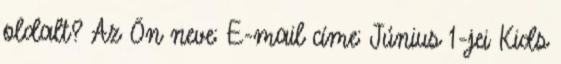
oldalt? Az Ön neve: E-mail címe: Június 1-jei Kids